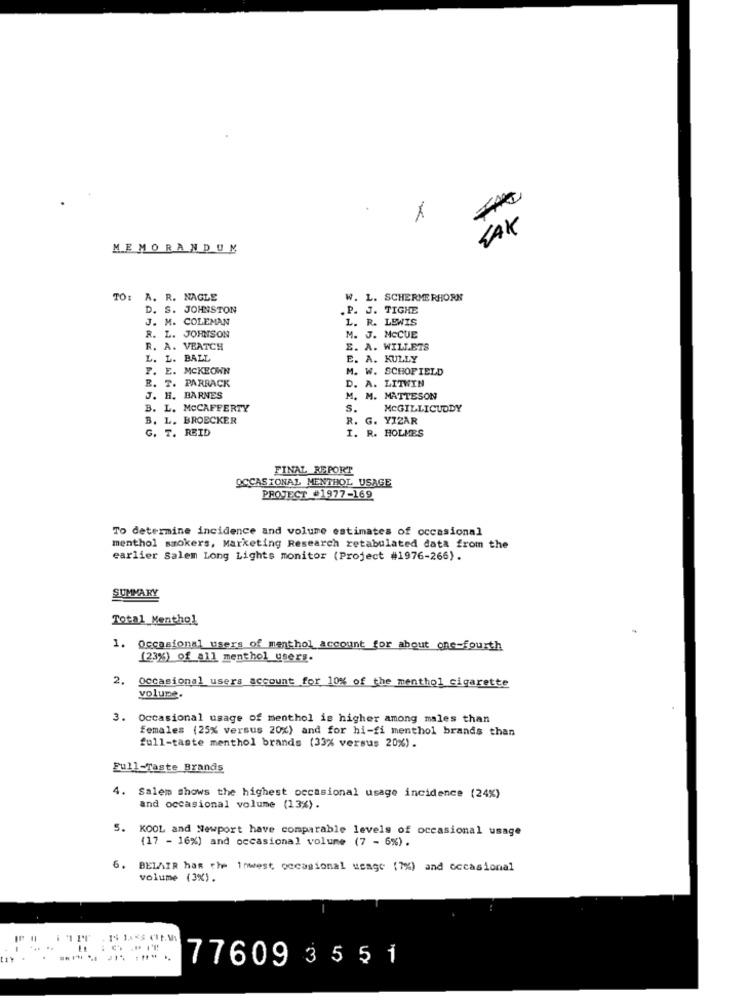
LAK
MEMORANDUM
TO: A. R. NAGLE
W. L. SCHERMERHORN
D. S. JOHNSTON
.P. J. TIGHE
J. M. COLEMAN
L. R. LEWIS
R. L. JOHNSON
M. J. MCCUE
R. A. VEATCH
E. A. WILLETS
L. L. BALL
E. A. KULLY
F. E. MCKEOWN
M. W. SCHOFIELD
R. T. PARRACK
D. A. LITWIN
J. H. BARNES
M. M. MATTESON
B. L. MCCAFFERTY
S.
MCGILLICUDDY
B. L. BROECKER
R. G. YIZAR
G. T. REID
I. R. HOLMES
FINAL REPORT
OCCASIONAL MENTHOL USAGE
PROJECT #1977-169
To determine incidence and volume estimates of occasional
menthol smokers, Marketing Research retabulated data from the
earlier Salem Long Lights monitor (Project #1976-266).
SUMMARY
Total Menthol
1. Occasional users of menthol account for about che-fourth
(23%) of all menthol users.
2. occasional users account for 10% of the menthol cigarette
volume.
3.
Occasional usage of menthol is higher among males than
females (25% versus 20%) and for hi-fi menthol brands than
full-taste menthol brands (33% versus 20%).
Full-Taste Brands
4. Salem shows the highest occasional usage incidence (24%)
and occasional volume (13%).
5. KOOL and Newport have comparable levels of occasional usage
(17 - 16%) and occasional volume (7 - 6%).
6.
BELAIR has the inwest. occasional usage (7%) and occasional
volume (3%).
.. ..
77609 3551